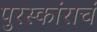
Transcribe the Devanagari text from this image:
पुरस्कांराचं